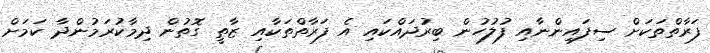
ފަރާތްތަކަށް ސިފައިންނާއި ފުލުހުން ބިރުދައްކައި އެ ފަރާތްތަކާއި ޒާތީ ގޮތުން ދިމާކުރަމުންދާ ކަމަށް